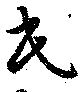
民